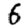
Digit: 6